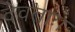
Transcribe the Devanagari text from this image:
देवताः।